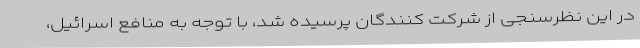
در این نظرسنجی از شرکت کنندگان پرسیده شد، با توجه به منافع اسرائیل،